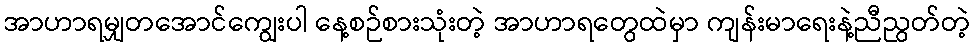
အာဟာရမျှတအောင်ကျွေးပါ နေ့စဉ်စားသုံးတဲ့ အာဟာရတွေထဲမှာ ကျန်းမာရေးနဲ့ညီညွတ်တဲ့